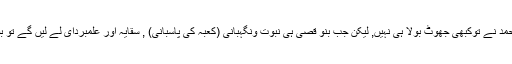
یقیناً محمد سچے ہیں , محمد نے توکبھی جھوٹ بولا ہی نہیں, لیکن جب بنو قصیّ ہی نبوت ونگہبانی (کعبہ کی پاسبانی) , سقایہ اور علمبردای لے لیں گے تو بقیہ قریش کیا کریں گے؟